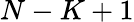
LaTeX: N-K+1